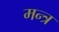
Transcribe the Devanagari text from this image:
मन्‍त्र